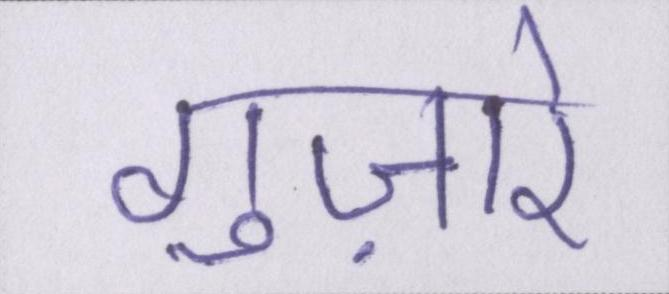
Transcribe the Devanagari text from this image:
गुज़ारे